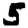
Digit: 5